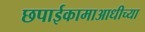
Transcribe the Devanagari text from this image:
छपाईकामाआधीच्या